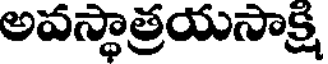
అవస్థాత్రయసాక్ష